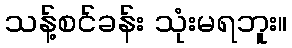
သန့်စင်ခန်း သုံးမရဘူး။